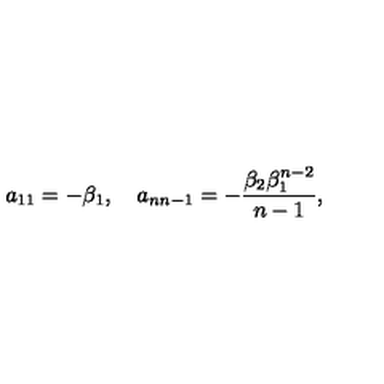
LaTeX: a _ { 1 1 } = - \beta _ { 1 } , \quad a _ { n n - 1 } = - \frac { \beta _ { 2 } \beta _ { 1 } ^ { n - 2 } } { n - 1 } ,